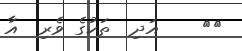
١٠    އަދި  ތަކުގެ ވެރި  އާ